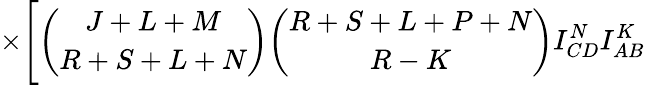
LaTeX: \times\Biggl[{\binom{J+L+M}{R+S+L+N}}{\binom{R+S+L+P+N}{R-K}}I_{CD}^{N}I_{AB}^{K}